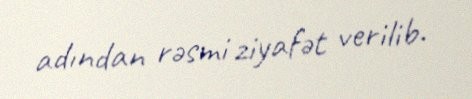
adından rəsmi ziyafət verilib.